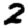
Digit: 2